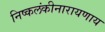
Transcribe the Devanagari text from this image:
निष्कलंकीनारायणाय